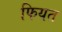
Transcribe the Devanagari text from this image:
फियत